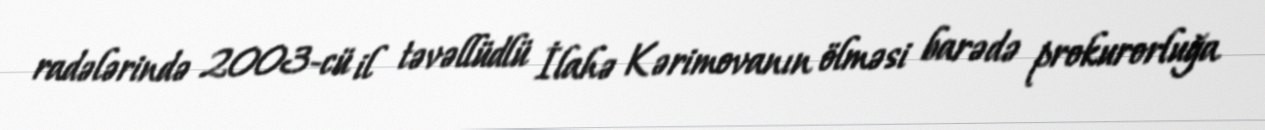
radələrində 2003-cü il təvəllüdlü İlahə Kərimovanın ölməsi barədə prokurorluğa